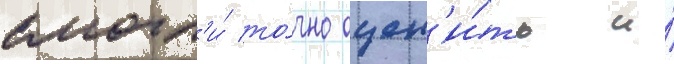
смогл'и́ то́чно оцен'и́ть и́